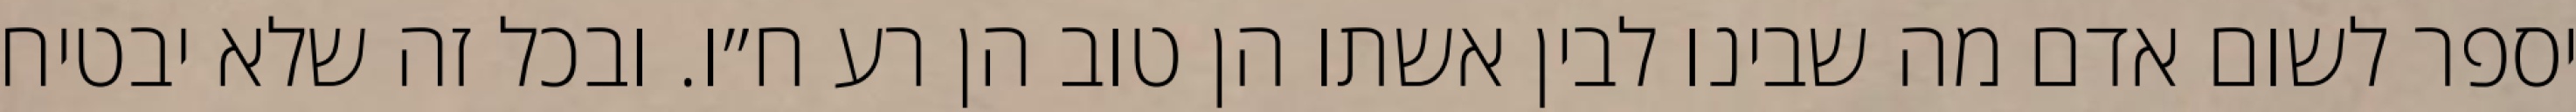
יספר לשום אדם מה שבינו לבין אשתו הן טוב הן רע ח״ו. ובכל זה שלא יבטיח